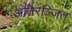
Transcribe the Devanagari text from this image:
अतिरञ्जित